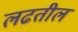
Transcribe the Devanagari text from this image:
लढतील